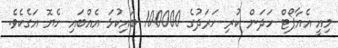
މިއީ އެއާޕޯޓް ހަދަން ކުރި ހަރަދުގެ 100000 ބައިކުޅަ އެއްބައި ހެޔޮ އަގެކެވެ.